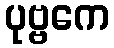
ပုဗ္ဗကေ